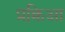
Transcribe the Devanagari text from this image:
प्रक्रिआ